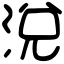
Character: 涗